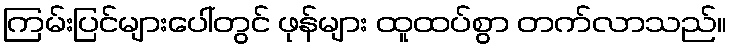
ကြမ်းပြင်များပေါ်တွင် ဖုန်များ ထူထပ်စွာ တက်လာသည်။